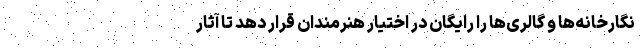
نگارخانه‌ها و گالری‌ها را رایگان در اختیار هنرمندان قرار دهد تا آثار